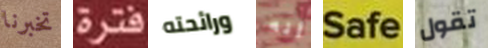
تخبرنا فترة ورائحته أنه Safe تقول